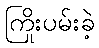
ကြိုးပမ်းခဲ့